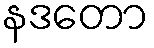
နဒတော